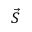
\vec { S }